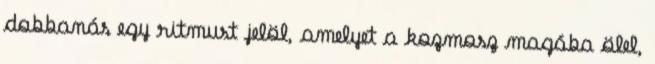
dobbanás egy ritmust jelöl, amelyet a kozmosz magába ölel,